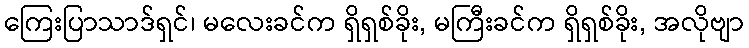
ကြေးပြာသာဒ်ရှင်၊ မလေးခင်က ရှိရှစ်ခိုး, မကြီးခင်က ရှိရှစ်ခိုး, အလိုဗျာ